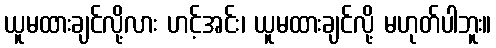
ယူမထားချင်လို့လား ဟင့်အင်း၊ ယူမထားချင်လို့ မဟုတ်ပါဘူး။